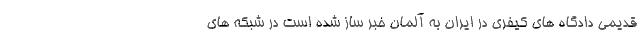
قدیمی دادگاه های کیفری در ایران به آلمان خبر ساز شده است در شبکه های